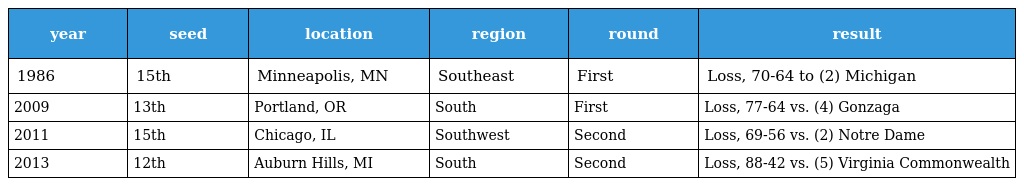
| year | seed | location | region | round | result |
 | --- | --- | --- | --- | --- | --- |
 | 1986 | 15th | Minneapolis, MN | Southeast | First | Loss, 70-64 to (2) Michigan |
 | 2009 | 13th | Portland, OR | South | First | Loss, 77-64 vs. (4) Gonzaga |
 | 2011 | 15th | Chicago, IL | Southwest | Second | Loss, 69-56 vs. (2) Notre Dame |
 | 2013 | 12th | Auburn Hills, MI | South | Second | Loss, 88-42 vs. (5) Virginia Commonwealth |